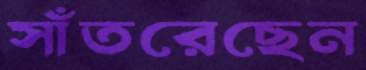
সাঁতরেছেন